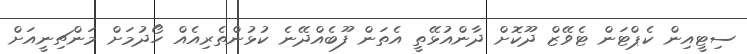
ސިޓީއިން ކެޕްޓަން ޓެވޭޒް ދޫކޮށް ދާންއުޅޭތީ އެތަން ފޫބެއްދޭނެ ކުޅުންތެރިއެއް ހޯދުމަށް މަންޗިނީއަށް